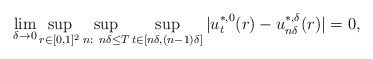
\begin{align*}\lim_{\delta \to 0 }\sup_{r\in[0,1]^2}\sup_{n:\ n\delta\leq T}\sup_{t\in [n\delta,(n-1)\delta]}|u_t^{*,0}(r)-u^{*,\delta}_{n\delta}(r)|=0,\end{align*}